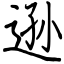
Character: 逊